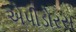
એપીડોરસ